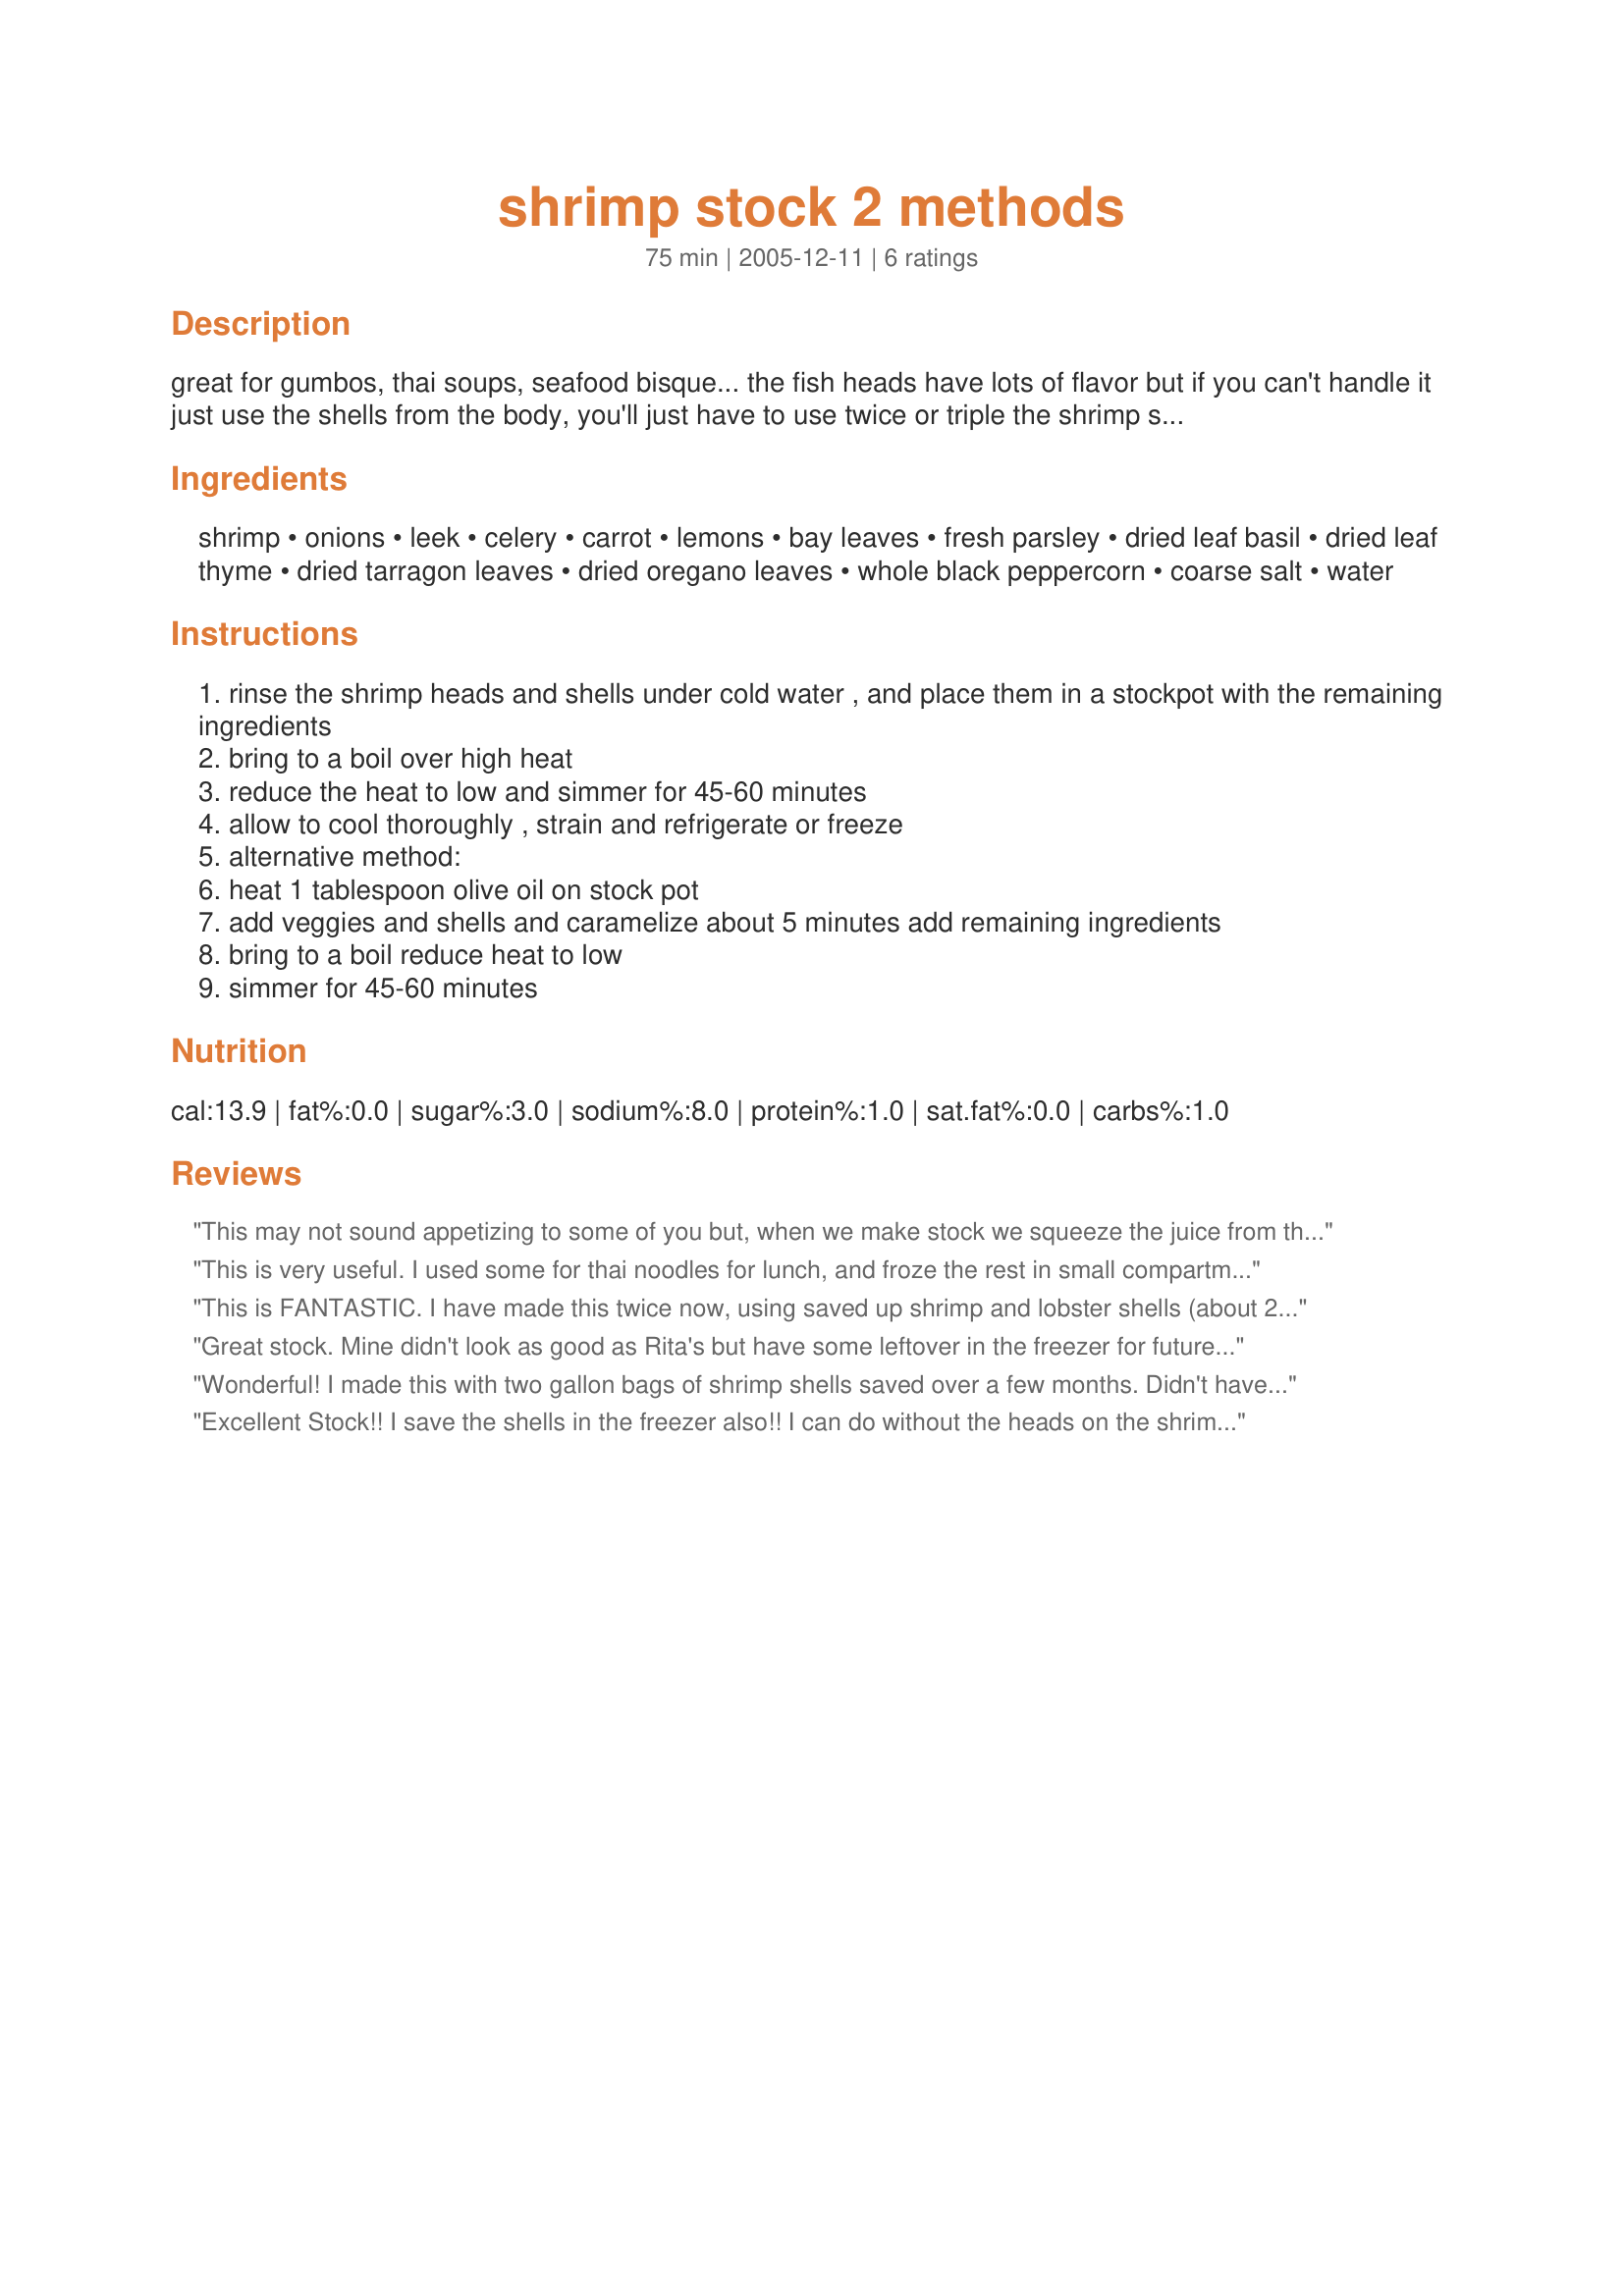
shrimp stock 2 methods
Preparation time: 75 minutes

great for gumbos, thai soups, seafood bisque... the fish heads have lots of flavor but if you can't handle it just use the shells from the body, you'll just have to use twice or triple the shrimp shells. i collect my shells and freeze till i have enough to make stock with.go ahead and use crab and lobster shells if you want.

Ingredients:
shrimp, onions, leek, celery, carrot, lemons, bay leaves, fresh parsley, dried leaf basil, dried leaf thyme, dried tarragon leaves, dried oregano leaves, whole black peppercorn, coarse salt, water

Steps:
rinse the shrimp heads and shells under cold water , and place them in a stockpot with the remaining ingredients
bring to a boil over high heat
reduce the heat to low and simmer for 45-60 minutes
allow to cool thoroughly , strain and refrigerate or freeze
alternative method:
heat 1 tablespoon olive oil on stock pot
add veggies and shells and caramelize about 5 minutes add remaining ingredients
bring to a boil reduce heat to low
simmer for 45-60 minutes

Reviews:
This may not sound appetizing to some of you but, when we make stock we squeeze the juice from the heads into the pot with the shells. The first time my friend told me to do it I thought I would never eat the stock. But when I tasted it, was very good.
This is very useful. I used some for thai noodles for lunch, and froze the rest in small compartments to use for cooking. Thank you for sharing!
This is FANTASTIC. I have made this twice now, using saved up shrimp and lobster shells (about 2 gallon sized freezer bags full). Followed the rest of the recipe exactly except omitting fresh parsley (used 2 Tbs dried instead). This is great for any type of fish soup or stew. Makes a ton - so I freeze much of it for use later (just filling up the freezer space from the shells I used!!). Thanks Rita for a fantastic recipe!! (I have used this with your bouillabaisse recipe #190012.)
Great stock. Mine didn't look as good as Rita's but have some leftover in the freezer for future use. Used this for Recipe #200408 with great success.
Wonderful! I made this with two gallon bags of shrimp shells saved over a few months. Didn't have a leek so added an extra onion. Also added a half cup of Chardonnay at the end. Brilliant recipe!
Excellent Stock!! I save the shells in the freezer also!! I can do without the heads on the shrimp! Ha, Ha.
